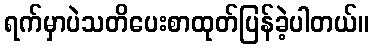
ရက်မှာပဲသတိပေးစာထုတ်ပြန်ခဲ့ပါတယ်။